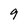
Character: 9